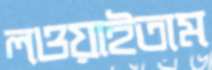
লওয়াইতাম